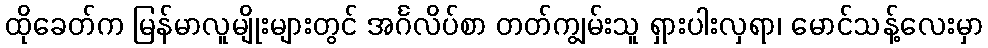
ထိုခေတ်က မြန်မာလူမျိုးများတွင် အင်္ဂလိပ်စာ တတ်ကျွမ်းသူ ရှားပါးလှရာ၊ မောင်သန့်လေးမှာ